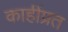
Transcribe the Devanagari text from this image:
काहींप्रत